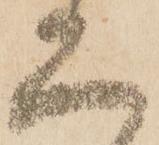
二